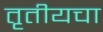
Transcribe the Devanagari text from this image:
तृतीयचा